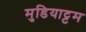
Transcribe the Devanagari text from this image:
मुडियाट्टम